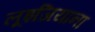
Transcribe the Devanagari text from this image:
लूइजियाना